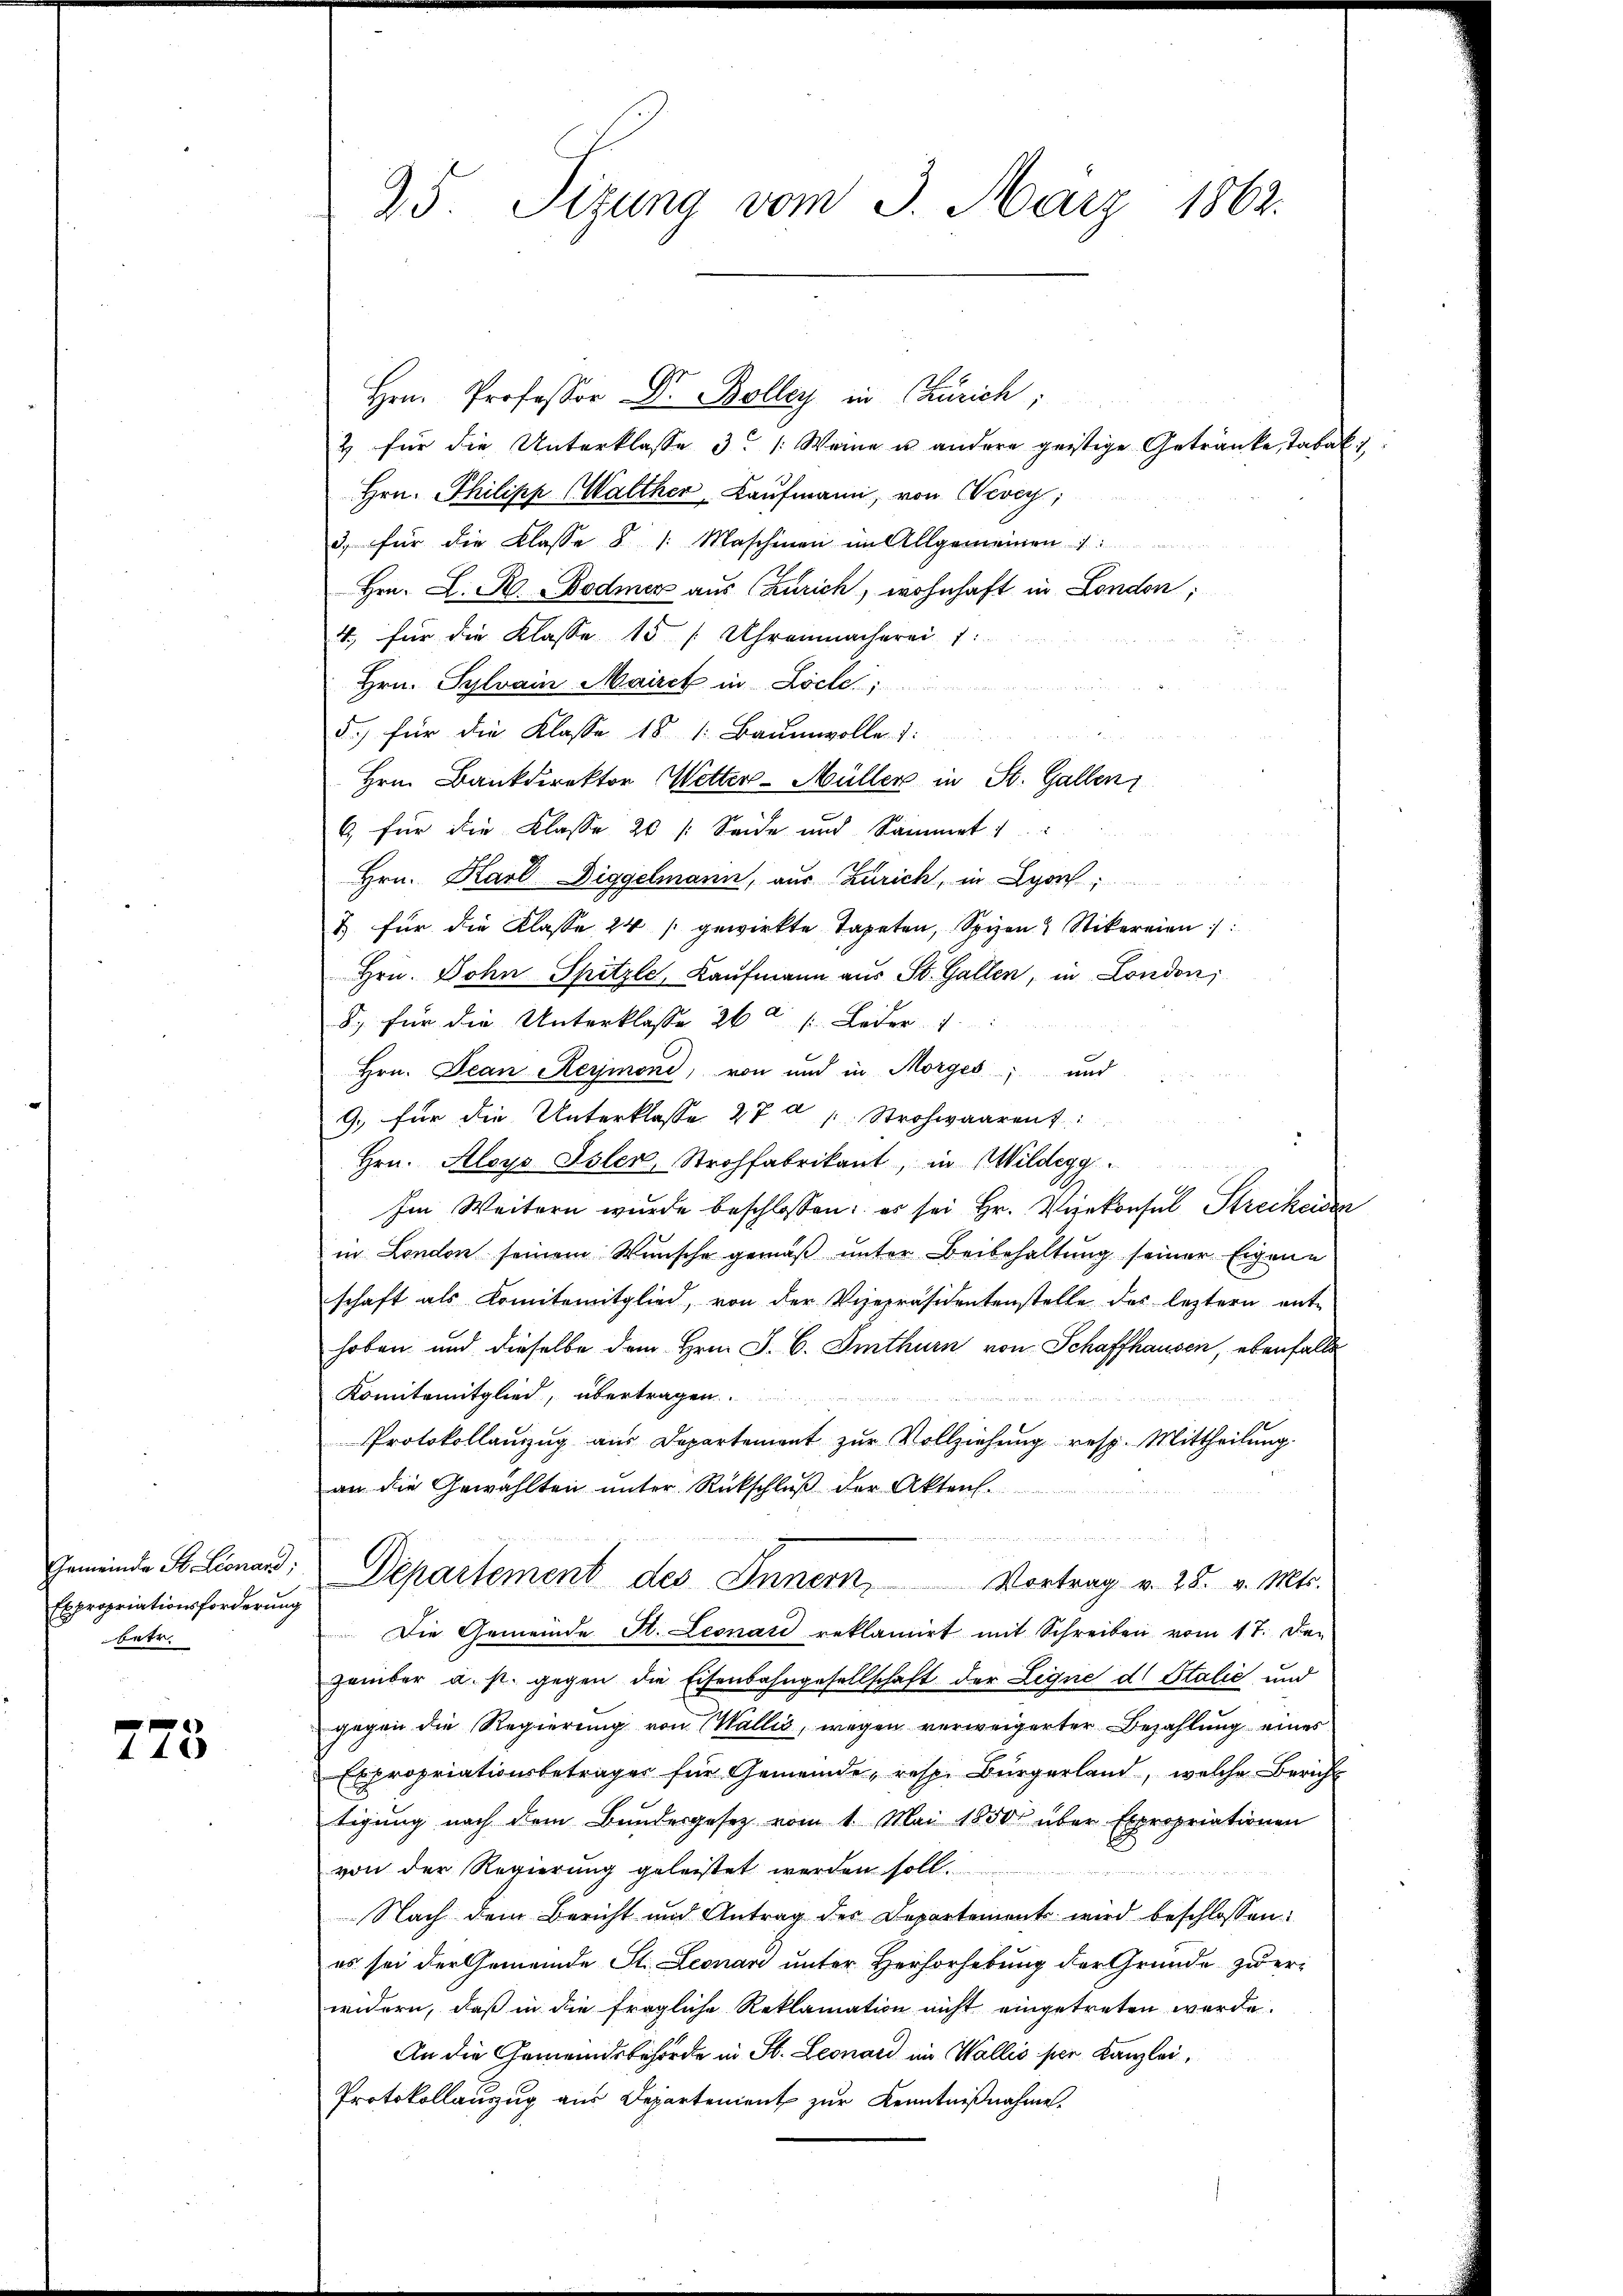
Expropriationsforderung
betr

775

25. Sizung vom 3. März 1862.

Hrn. Professor Dr. Bolley in Zürich;
& für die Unterklasse 3. (Weine u andere geistige Getränke, Tabak
Hrn. Philipp (Walther Kaufmann, von Vevey;
3. für die Klasse § /: Maschinen im Allgemeinen 1:
Hrn. L. R. Bodmer aus (Zürich, wohnhaft in London,
4, für die Klasse 15 1 Uhrenmacherei 7:
Hrn. Sylvain Mairet in Loche;
5.) für die Klasse 18 1: Baumwolle. 1:
Hrn. Bankdirektor Wetter-Müller in St. Gallen
6 für die Klasse 20 /: Seide und Sammel
Hrn. Karl Diggelmann, aus Zürich, in Lyo
7 für die Klasse 24 gewirkte Tapeten, Spizen 4 Stikereien
Hrn. Dohn Spitzle, Kaufmann aus St. Gallen, in London,
8. für die Unterklasse 26 a /: Leder 1
Hrn. Jean Reymoni, von und in Morges; und
9, für die Unterklasse 27 n 1. Strohwaarent:
Hrn. Aloys Isler, Strohfabrikant, in Wildegg.
Im Weitern wurde beschlossen: es sei Hr. Viekonsul Streckeise
in London seinem Wunsche gemäß unter Beibehaltung seiner Eigene
schaft als Komitemitglied, von der Vizepräsidentenstelle des leztern ent-
hoben und dieselbe dem Hrn. J. C. Imthurn von Schaffhausen, ebenfalls
Komitemitglied, übertragen.
Protokollanzzug aus Departement zŭr Vollziehŭng resp. Mittheilŭng.
an die Gewählten ŭnter Rückschlŭβ der Akten.

Gemeinde St. Lienend: Departement des Innern,
Vortrag v. 28. v. Mts.
Die Gemeinde St. Leonar reklamirt mit Schreiben vom 17. De-
zember a. s. gegen die Eisenbahngesellschaft der Ligne d. Stalić und
gegen die Regierung von Wallis, wegen verweigerter Bezahlung eines
Expropriationsbetrages für Gemeinde, resp. Bürgerland, welche Bericht
tigung nach dem Bundesgesetz vom 1. Mai 1850 über Expropriationen
von der Regierung geleistet werden soll.
Nach dem Bericht und Antrag der Departement wird beschlossen:
es sei der Gemeinde St. Leonari unter Herhorhebung der Gründe zu eri
widern, daß in die fragliche Reklamation nicht eingetreten werde.
An die Gemeindsbehörde in St. Leonard im Wallis sie Kanzlei,
Protokollauszug aus Departement zur Kenntnißnahme.

se